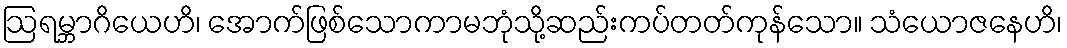
ဩရမ္ဘာဂိယေဟိ၊ အောက်ဖြစ်သောကာမဘုံသို့ဆည်းကပ်တတ်ကုန်သော။ သံယောဇနေဟိ၊